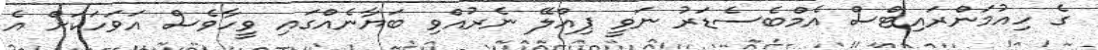
ގެ ހިއުމަންރައިޓްސް އެމްބެސެޑަރު ނަވީ ޕިއްލޭ ނެރުއްވި ބަޔާނެއްގައި ވީހާވެސް އަވަހަކަށް އެ